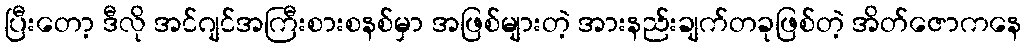
ပြီးတော့ ဒီလို အင်ဂျင်အကြီးစားစနစ်မှာ အဖြစ်များတဲ့ အားနည်းချက်တခုဖြစ်တဲ့ အိတ်ဇောကနေ